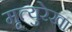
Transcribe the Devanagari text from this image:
मृत्युरेखा